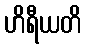
ဟိရီယတိ